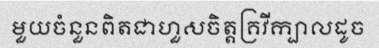
មួយចំនួនពិតជាហួសចិត្តគ្រវីក្បាលដូច